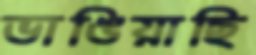
ভাঙিয়াছি